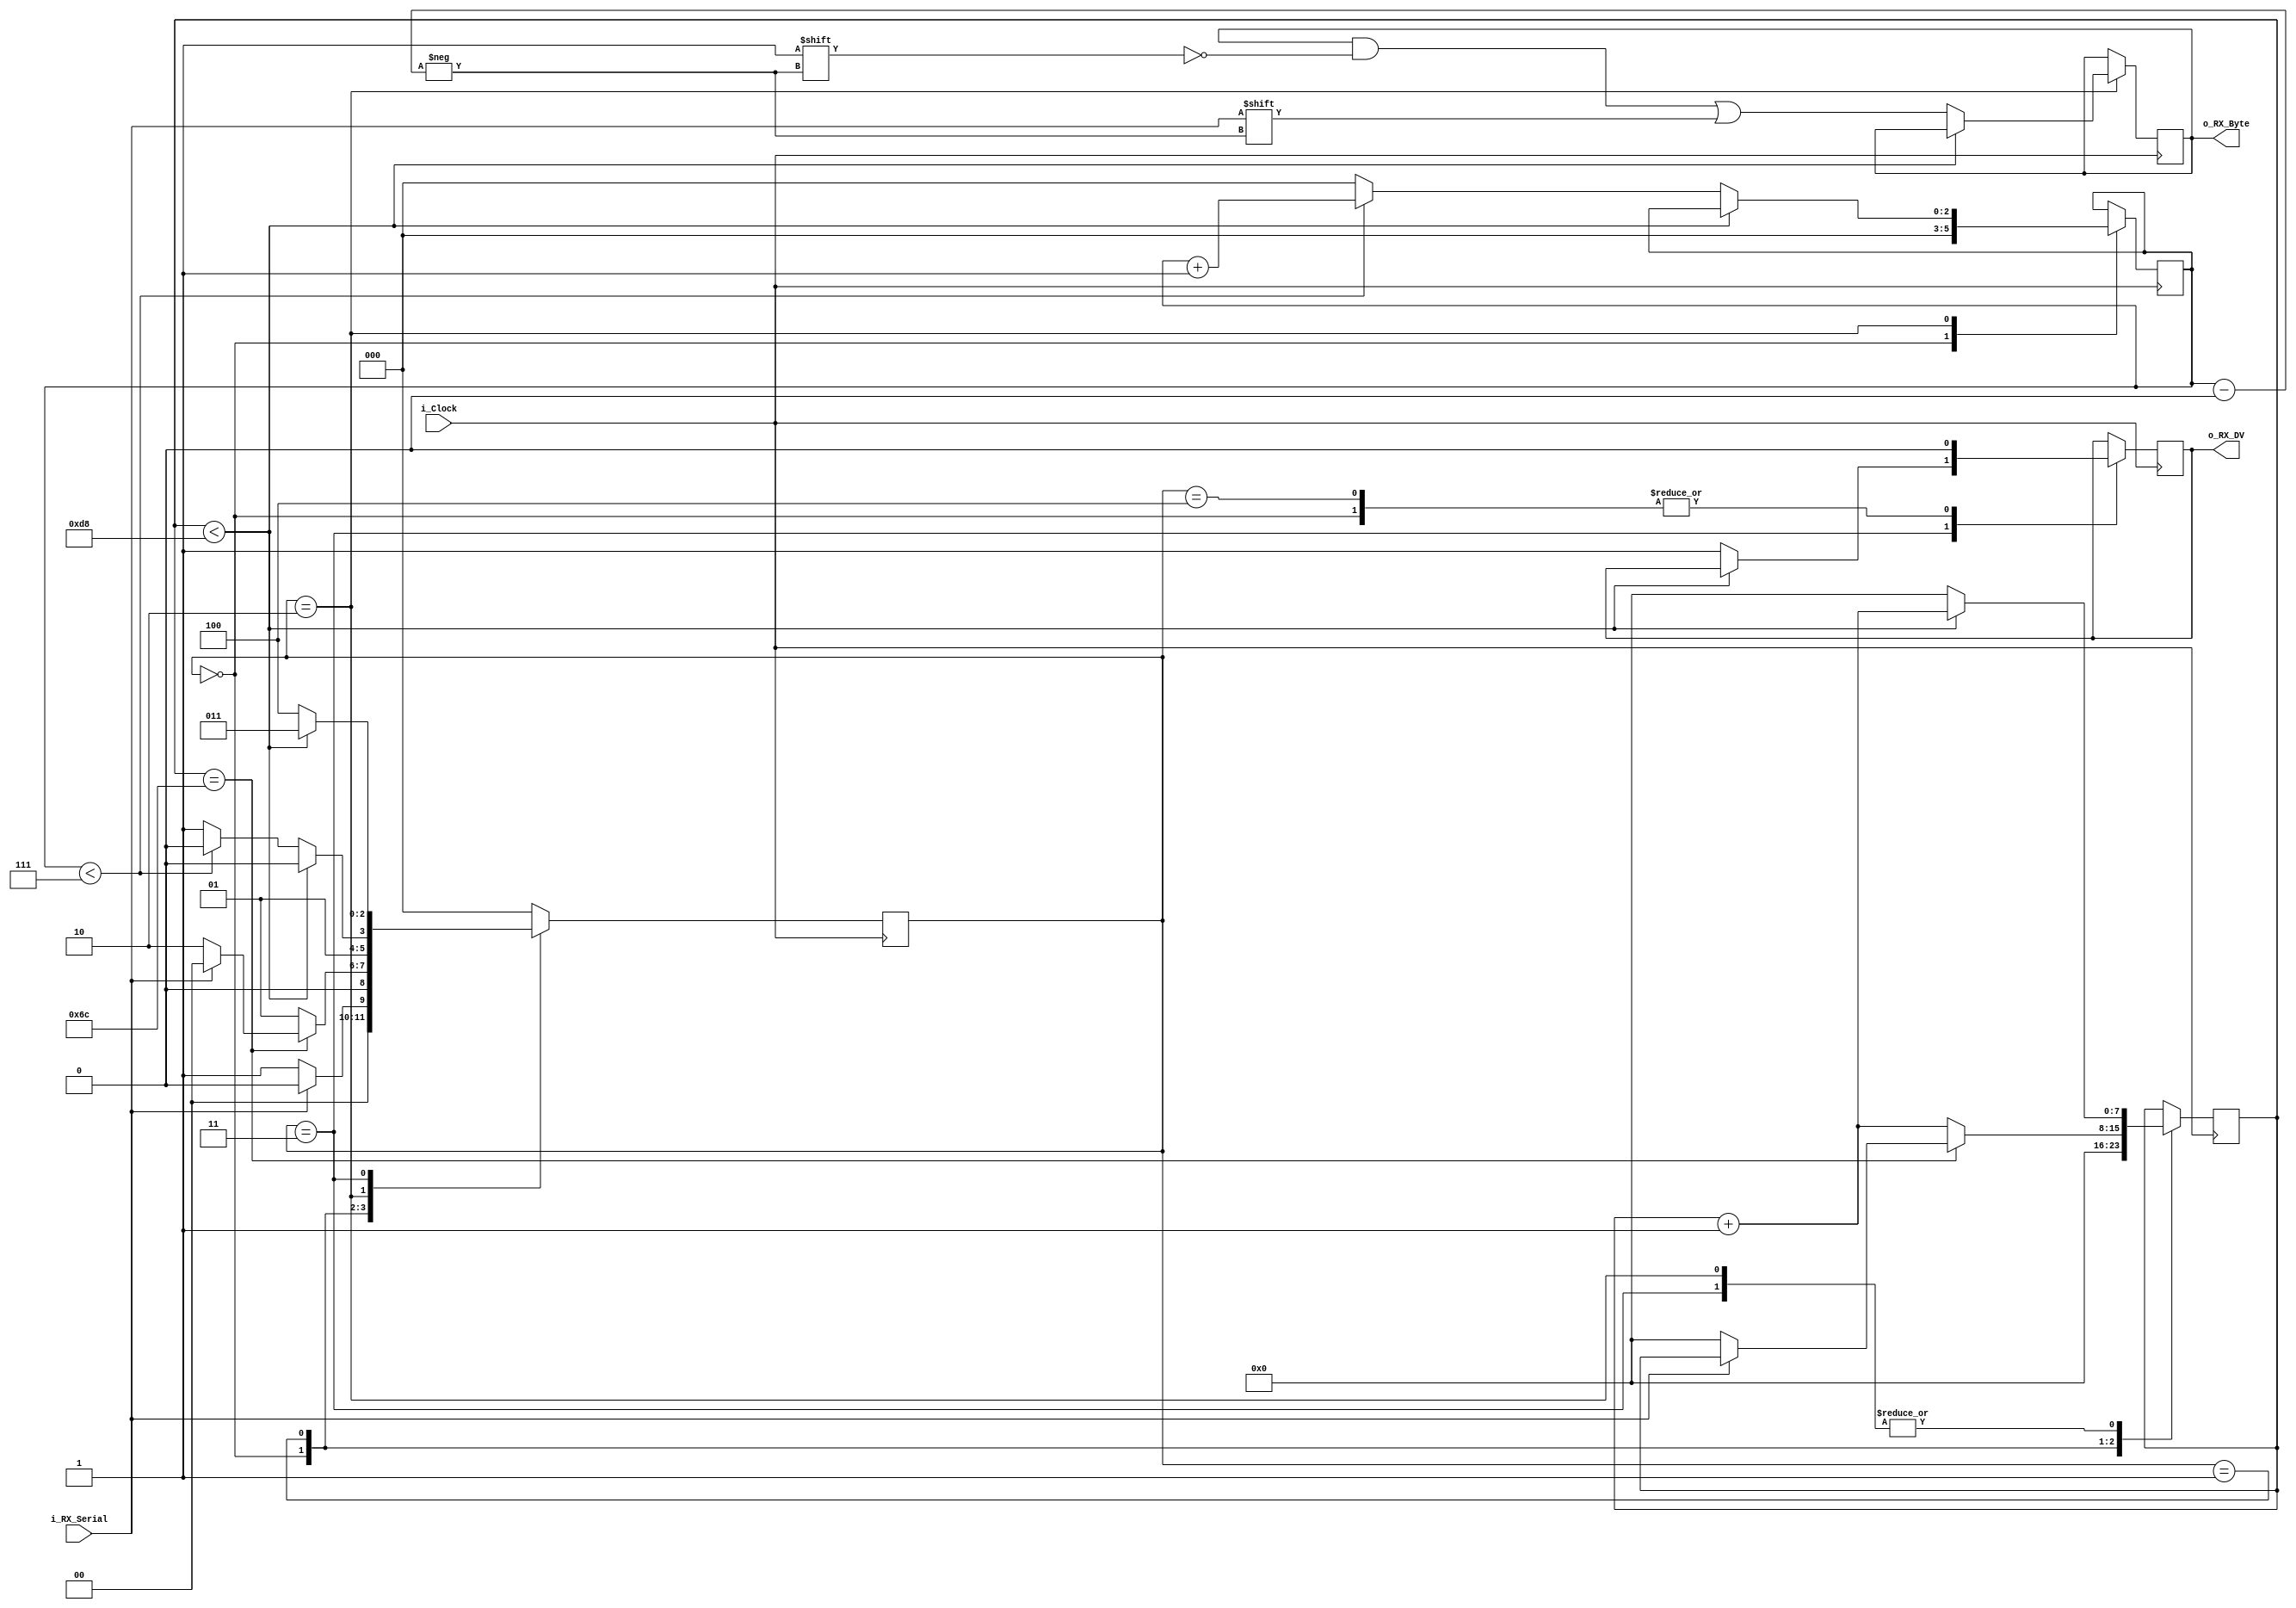
`timescale 1ns / 1ps
//////////////////////////////////////////////////////////////////////////////////
// Company: 
// Engineer: 
// 
// Design Name: 
// Module Name: uart1
// Project Name: 
// Target Devices: 
// Tool Versions: 
// Description: 
// 
// Dependencies: 
// 
// Revision:
// Revision 0.01 - File Created
// Additional Comments:
// 
//////////////////////////////////////////////////////////////////////////////////
module UART_RX
  #(parameter CLKS_PER_BIT = 217)
  (
   input        i_Clock,
   input        i_RX_Serial,
   output       o_RX_DV,
   output [7:0] o_RX_Byte
   );
   
  parameter IDLE         = 3'b000;
  parameter RX_START_BIT = 3'b001;
  parameter RX_DATA_BITS = 3'b010;
  parameter RX_STOP_BIT  = 3'b011;
  parameter CLEANUP      = 3'b100;
  
  reg [7:0] r_Clock_Count = 0;
  reg [2:0] r_Bit_Index   = 0; //8 bits total
  reg [7:0] r_RX_Byte     = 0;
  reg       r_RX_DV       = 0;
  reg [2:0] r_SM_Main     = 0;
  
  
  // Purpose: Control RX state machine
  always @(posedge i_Clock)
  begin
      
    case (r_SM_Main)
      IDLE :
        begin
          r_RX_DV       <= 1'b0;
          r_Clock_Count <= 0;
          r_Bit_Index   <= 0;
          
          if (i_RX_Serial == 1'b0)          // Start bit detected
            r_SM_Main <= RX_START_BIT;
          else
            r_SM_Main <= IDLE;
        end
      
      // Check middle of start bit to make sure it's still low
      RX_START_BIT :
        begin
          if (r_Clock_Count == (CLKS_PER_BIT-1)/2)
          begin
            if (i_RX_Serial == 1'b0)
            begin
              r_Clock_Count <= 0;  // reset counter, found the middle
              r_SM_Main     <= RX_DATA_BITS;
            end
            else
              r_SM_Main <= IDLE;
          end
          else
          begin
            r_Clock_Count <= r_Clock_Count + 1;
            r_SM_Main     <= RX_START_BIT;
          end
        end // case: RX_START_BIT
      
      
      // Wait CLKS_PER_BIT-1 clock cycles to sample serial data
      RX_DATA_BITS :
        begin
          if (r_Clock_Count < CLKS_PER_BIT-1)
          begin
            r_Clock_Count <= r_Clock_Count + 1;
            r_SM_Main     <= RX_DATA_BITS;
          end
          else
          begin
            r_Clock_Count          <= 0;
            r_RX_Byte[r_Bit_Index] <= i_RX_Serial;
            
            // Check if we have received all bits
            if (r_Bit_Index < 7)
            begin
              r_Bit_Index <= r_Bit_Index + 1;
              r_SM_Main   <= RX_DATA_BITS;
            end
            else
            begin
              r_Bit_Index <= 0;
              r_SM_Main   <= RX_STOP_BIT;
            end
          end
        end // case: RX_DATA_BITS
      
      
      // Receive Stop bit.  Stop bit = 1
      RX_STOP_BIT :
        begin
          // Wait CLKS_PER_BIT-1 clock cycles for Stop bit to finish
          if (r_Clock_Count < CLKS_PER_BIT-1)
          begin
            r_Clock_Count <= r_Clock_Count + 1;
     	    r_SM_Main     <= RX_STOP_BIT;
          end
          else
          begin
       	    r_RX_DV       <= 1'b1;
            r_Clock_Count <= 0;
            r_SM_Main     <= CLEANUP;
          end
        end // case: RX_STOP_BIT
      
      
      // Stay here 1 clock
      CLEANUP :
        begin
          r_SM_Main <= IDLE;
          r_RX_DV   <= 1'b0;
        end
      
      
      default :
        r_SM_Main <= IDLE;
      
    endcase
  end    
  
  assign o_RX_DV   = r_RX_DV;
  assign o_RX_Byte = r_RX_Byte;
  
endmodule // UART_RX